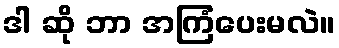
ဒါ ဆို ဘာ အကြံပေးမလဲ။